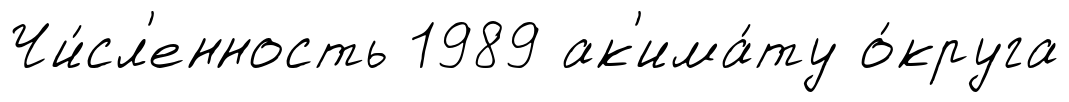
Чи́сл'енность 1989 ак'има́ту о́круга